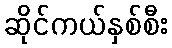
ဆိုင်ကယ်နှစ်စီး